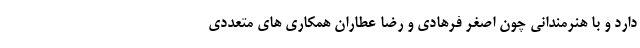
دارد و با هنرمندانی چون اصغر فرهادی و رضا عطاران همکاری های متعددی